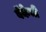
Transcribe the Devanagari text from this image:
बॅकेची